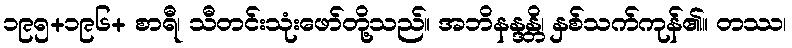
၁၉၅+၁၉၆+ စာရီ၊ သီတင်းသုံးဖော်တို့သည်။ အဘိနန္ဒန္တိ၊ နှစ်သက်ကုန်၏။ တဿ၊